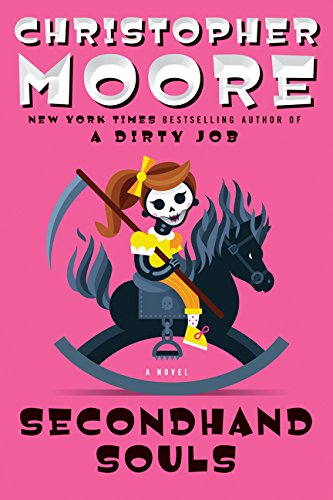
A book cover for Secondhand Souls: A Novel; Christopher Moore; Science Fiction & Fantasy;